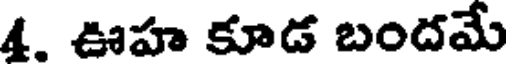
4. ఊహ కూడ బందమే